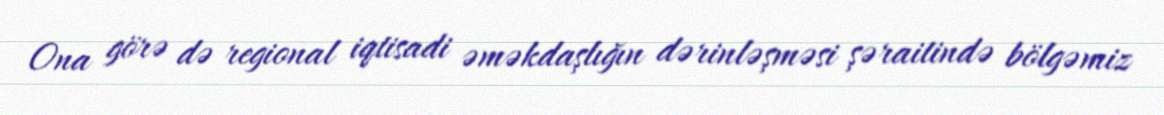
Ona görə də regional iqtisadi əməkdaşlığın dərinləşməsi şəraitində bölgəmiz